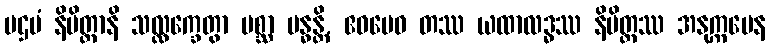
ပဌမံ နိမိတ္တာနိ သလ္လက္ခေတွာ ပစ္ဆာ ဗန္ဓန္တိ, ဧဝမေဝ တဿ ယထာလဒ္ဓဿ နိမိတ္တဿ အနုက္ကမေန